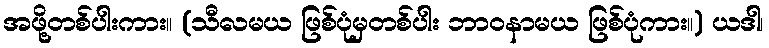
အဖို့တစ်ပါးကား။ (သီလမယ ဖြစ်ပုံမှတစ်ပါး ဘာဝနာမယ ဖြစ်ပုံကား။) ယဒါ၊